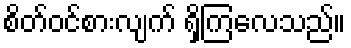
စိတ်ဝင်စားလျက် ရှိကြလေသည်။